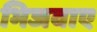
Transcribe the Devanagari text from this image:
भिजवाए